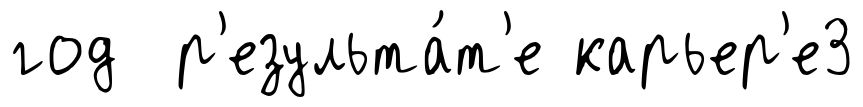
год р'езульта́т'е карьер'е3